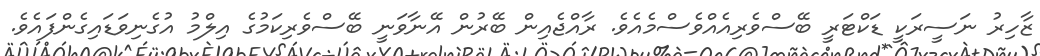
ޒާހިރު ނަސީރަކީ ޑަކްޓަރީ ބޭސްވެރިއެއްވެސްމެއެވެ. ރާއްޖެއިން ބޭރުން އޭނާވަނީ ބޭސްވެރިކަމުގެ އިލްމު އުގެނިވަޑައިގެންފައެވެ.